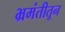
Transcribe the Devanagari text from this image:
भ्रमंतीतून